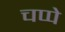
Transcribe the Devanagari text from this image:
चप्पे